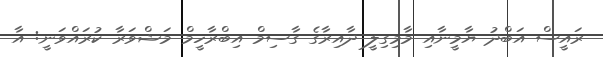
ރައީސް އަބްދު ޔާމީނާއި މާމިގިލީ ދާއިރާގެ ގާސިމް އިބްރާހީމް މަޝްވަރާ ކުރައްވަނީ: އާ